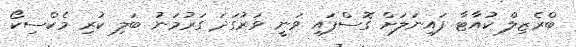
ބްރެޒިލް ކުއާޓާ ފައިނަލަށް ގޮސްފައި ވަނީ ވަރުގަދަ ގަރުމަނު ބަލި ކުރި މެކްސިކޯ